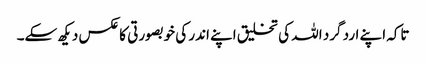
تاکہ اپنے ارد گرد اللہ کی تخلیق اپنے اندر کی خوبصورتی کا عکس دیکھ سکے۔